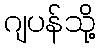
ဂျပန်သို့